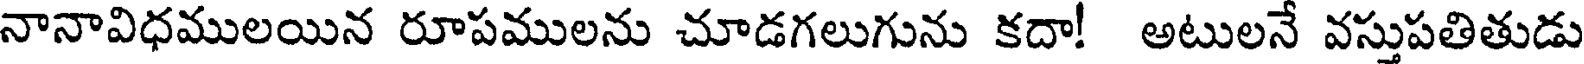
నానావిధములయిన రూపములను చూడగలుగును కదా! అటులనే వస్తుపతితుడు